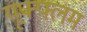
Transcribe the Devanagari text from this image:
यूफ्फ्लम